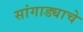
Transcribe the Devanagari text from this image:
सांगाड्याचे